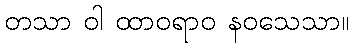
တသာ ဝါ ထာဝရာဝ နဝသေသာ။